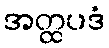
အတ္ထပဒံ